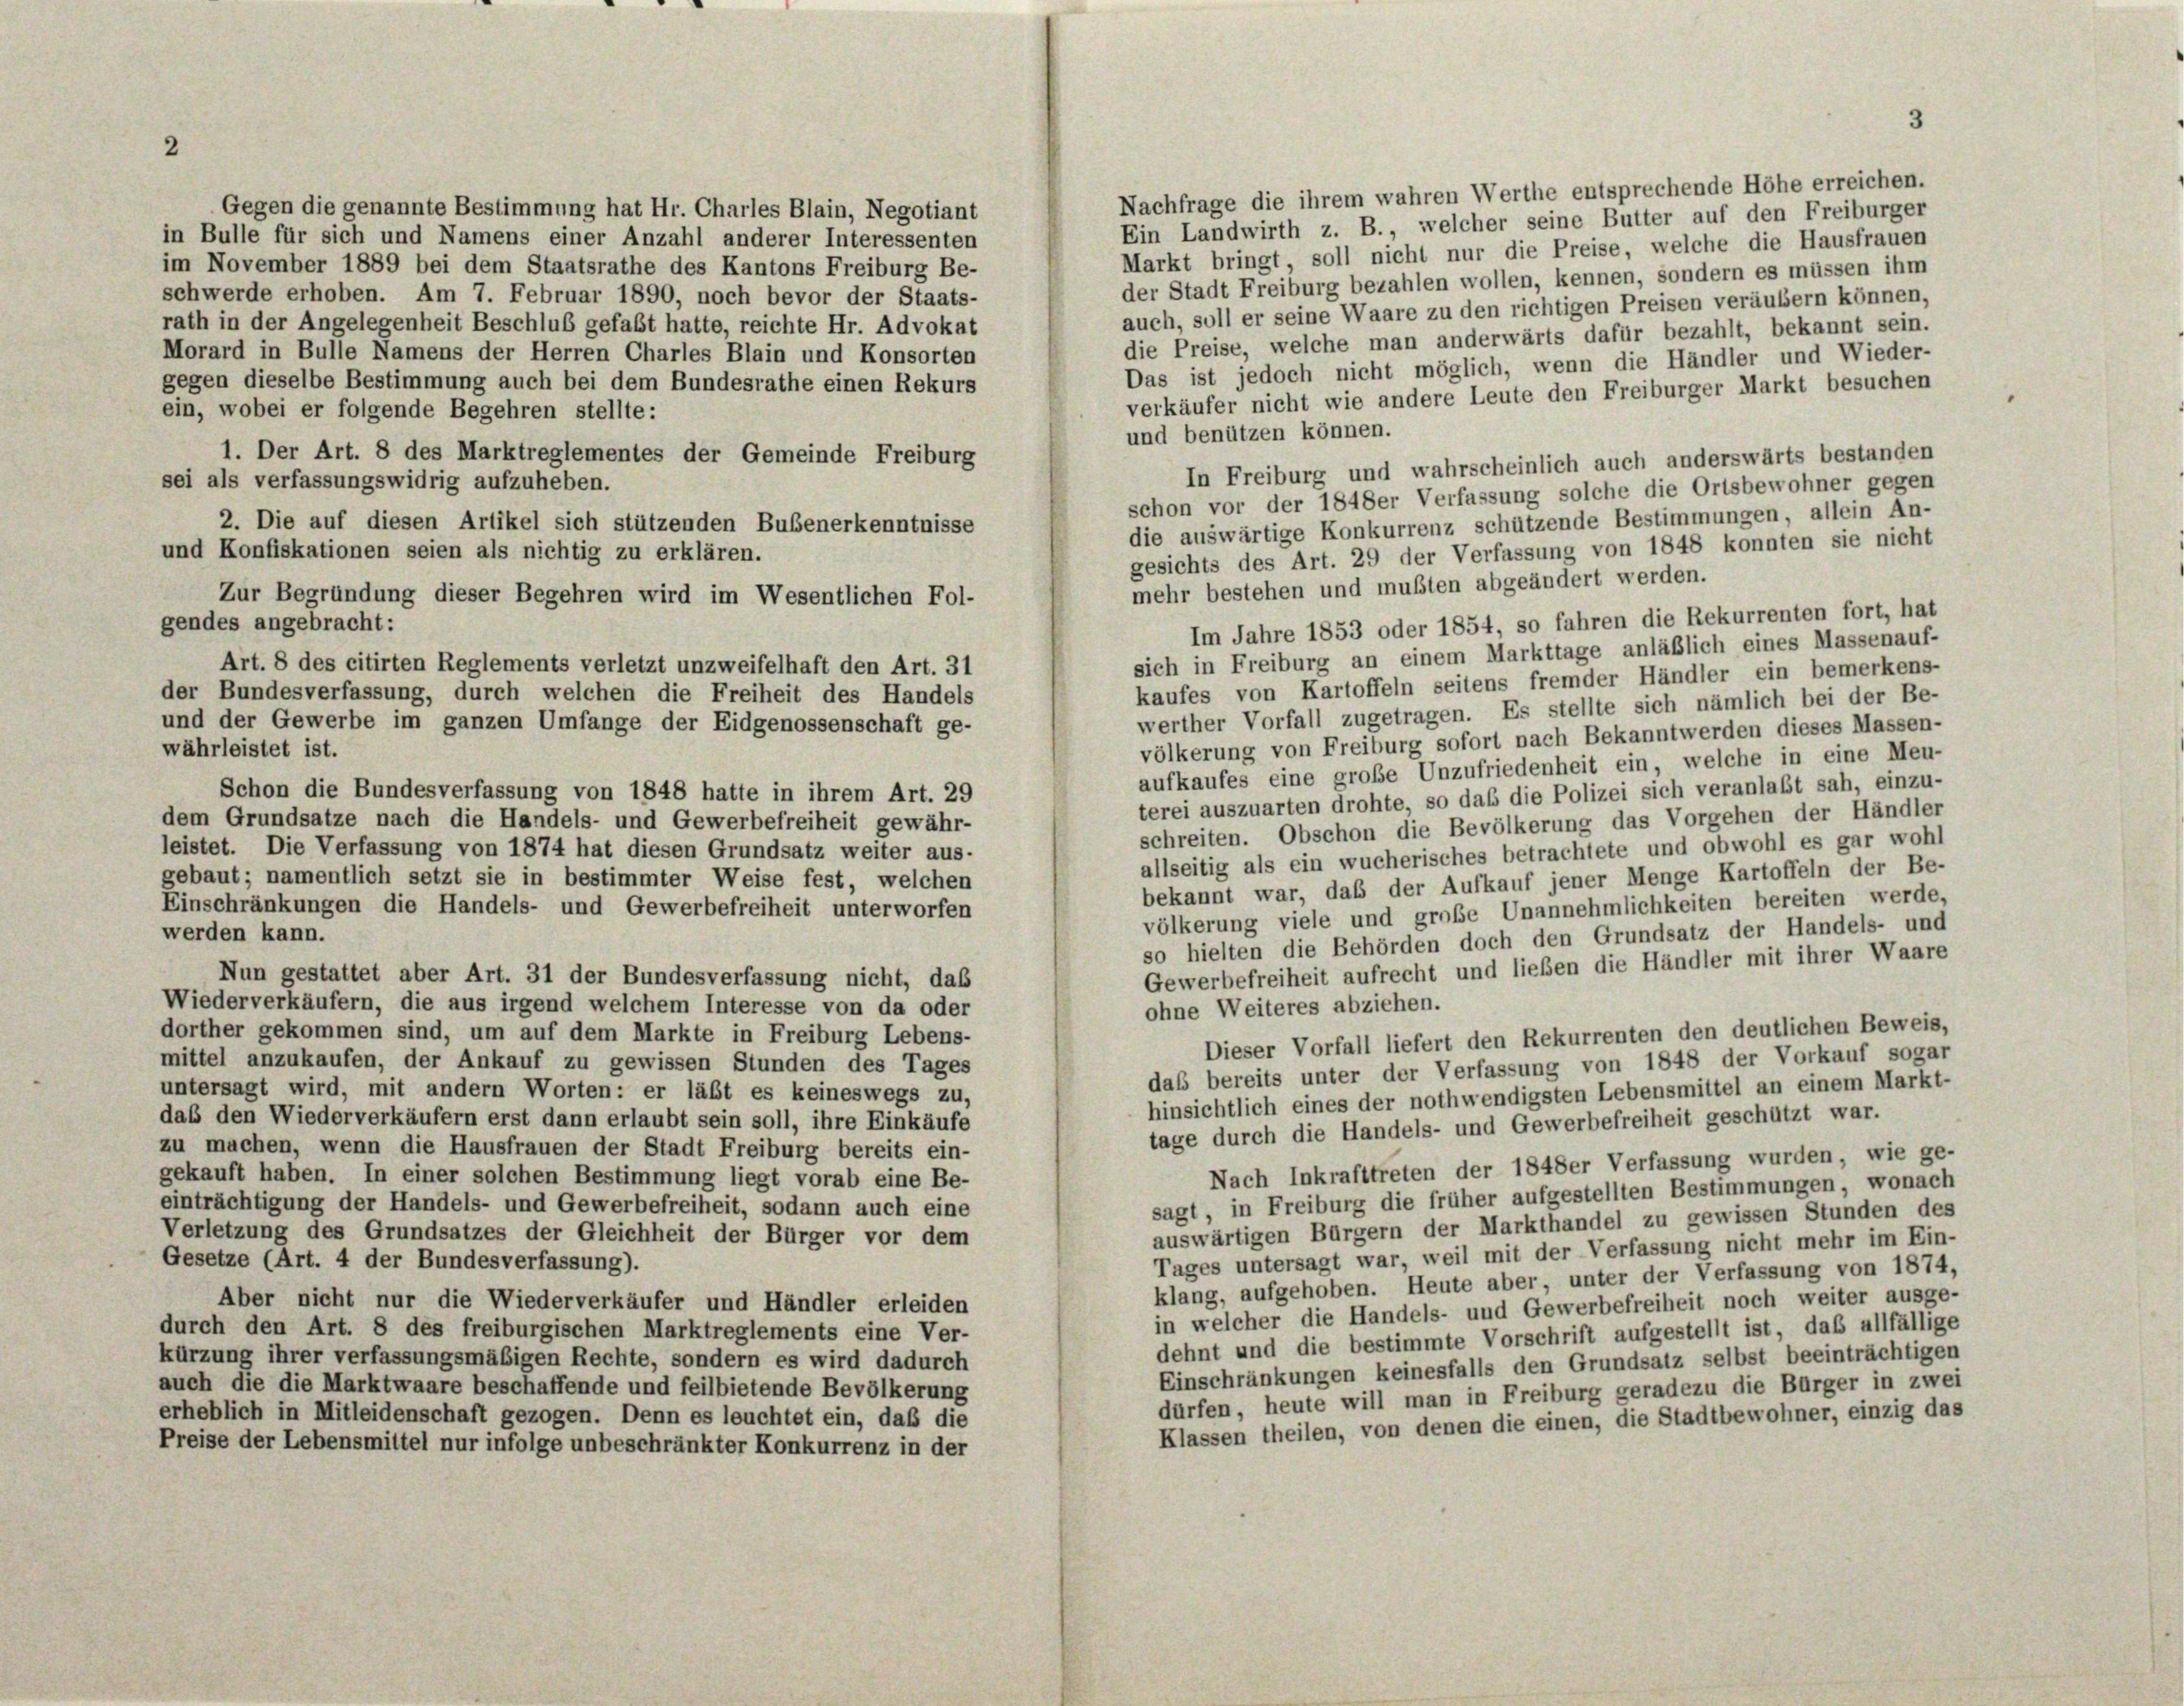
Gegen die genannte Bestimmung hat Hr. Charles Blain, Negotiant
in Bulle für sich und Namens einer Anzahl anderer Interessenten
im November 1889 bei dem Staatsrathe des Kantons Freiburg Be-
schwerde erhoben. Am 7. Februar 1890, noch bevor der Staats-
rath in der Angelegenheit Beschluß gefaßt hatte, reichte Hr. Advokat
Morard in Bulle Namens der Herren Charles Blain und Konsorten
gegen dieselbe Bestimmung auch bei dem Bundesrathe einen Rekurs
ein, wobei er folgende Begehren stellte:
1. Der Art. 8 des Marktreglementes der Gemeinde Freiburg
sei als verfassungswidrig aufzuheben.
2. Die auf diesen Artikel sich stützenden Bubenerkenntnisse
und Konfiskationen seien als nichtig zu erklären.
Zur Begründung dieser Begehren wird im Wesentlichen Fol-
gendes angebracht:
Art. 8 des citirten Reglements verletzt unzweifelhaft den Art. 31
der Bundesverfassung, durch welchen die Freiheit des Handels
und der Gewerbe im ganzen Umfange der Eidgenossenschaft ge-
währleistet ist.
Schon die Bundesverfassung von 1848 hatte in ihrem Art. 29
dem Grundsätze nach die Handels- und Gewerbefreiheit gewähr-
leistet. Die Verfassung von 1874 hat diesen Grundsatz weiter aus-
gebaut; namentlich setzt sie in bestimmter Weise fest, welchen
Einschränkungen die Handels- und Gewerbefreiheit unterworfen
werden kann.
Nun gestattet aber Art. 31 der Bundesverfassung nicht, daß
Wiederverkäufern, die aus irgend welchem Interesse von da oder
dorther gekommen sind, um auf dem Markte in Freiburg Lebens-
mittel anzukaufen, der Ankauf zu gewissen Stunden des Tages
untersagt wird, mit andern Worten: er läßt es keineswegs zu,
das den Wiederverkäufern erst dann erlaubt sein soll, ihre Einkäufe
zu machen, wenn die Hausfrauen der Stadt Freiburg bereits ein-
Nach Inkrafttreten der 1848er Verfassung wurden, wie ge-
gekauft haben. In einer solchen Bestimmung liegt vorab eine Be-
sagt, in Freiburg die früher aufgestellten Bestimmungen, wonach
einträchtigung der Handels- und Gewerbefreiheit, sodann auch eine
auswärtigen Bürgern der Markthandel zu gewissen Stunden des
Verletzung des Grundsatzes der Gleichheit der Bürger vor dem
Tages untersagt war, weil mit der Verfassung nicht mehr im Ein-
Gesetze (Art. 4 der Bundesverfassung).
klang, aufgehoben. Heute aber, unter der Verfassung von 1874,
Aber nicht nur die Wiederverkäufer und Händler erleiden
in welcher die Handels- und Gewerbefreiheit noch weiter ausge-
durch den Art. 8 des freiburgischen Marktreglements eine Ver-
dehnt und die bestimmte Vorschrift aufgestellt ist, daß allfällige
kürzung ihrer verfassungsmäßigen Rechte, sondern es wird dadurch
Einschränkungen keinesfalls den Grundsatz selbst beeinträchtigen
auch die die Marktwaare beschaffende und feilbietende Bevölkerung
dürfen, heute will man in Freiburg geradezu die Bürger in zwei
erheblich in Mitleidenschaft gezogen. Denn es leuchtet ein, daß die
Klassen theilen, von denen die einen, die Stadtbewohner, einzig das
Preise der Lebensmittel nur infolge unbeschränkter Konkurrenz in der

Nachfrage die ihrem wahren Werthe entsprechende Höhe erreichen.
Ein Landwirth z. B., welcher seine Butter auf den Freiburger
Markt bringt, soll nicht nur die Preise, welche die Hausfrauen
der Stadt Freiburg bezahlen wollen, kennen, sondern es müssen ihm
auch, soll er seine Waare zu den richtigen Preisen veräubern können,
die Preise, welche man anderwärts dafür bezahlt, bekannt sein.
Das ist jedoch nicht möglich, wenn die Händler und Wieder-
verkäufer nicht wie andere Leute den Freiburger Markt besuchen
und benützen können.
In Freiburg und wahrscheinlich auch anderswärts bestanden
schon vor der 1848er Verfassung solche die Ortsbewohner gegen
die auswärtige Konkurrenz schützende Bestimmungen, allein An-
gesichts des Art. 29 der Verfassung von 1848 konnten sie nicht
mehr bestehen und mußten abgeändert werden.
Im Jahre 1853 oder 1854, so fahren die Rekurrenten fort, hat
sich in Freiburg an einem Markttage anläßlich eines Massenauf-
kaufes von Kartoffeln seitens fremder Händler ein bemerkens-
werther Vorfall zugetragen. Es stellte sich nämlich bei der Be-
völkerung von Freiburg sofort nach Bekanntwerden dieses Massen-
aufkaufes eine große Unzufriedenheit ein, welche in eine Meu-
terei auszuarten drohte, so das die Polizei sich veranlaßt sah, einzu-
schreiten. Obschon die Bevölkerung das Vorgehen der Händler
allseitig als ein wucherisches betrachtete und obwohl es gar wohl
bekannt war, daß der Aufkauf jener Menge Kartoffeln der Be-
völkerung viele und große Unannehmlichkeiten bereiten werde,
so hielten die Behörden doch den Grundsatz der Handels- und
Gewerbefreiheit aufrecht und lieben die Händler mit ihrer Waare
ohne Weiteres abziehen.
Dieser Vorfall liefert den Rekurrenten den deutlichen Beweis,
das bereits unter der Verfassung von 1848 der Vorkauf sogar
hinsichtlich eines der nothwendigsten Lebensmittel an einem Markt.
tage durch die Handels- und Gewerbefreiheit geschützt war.